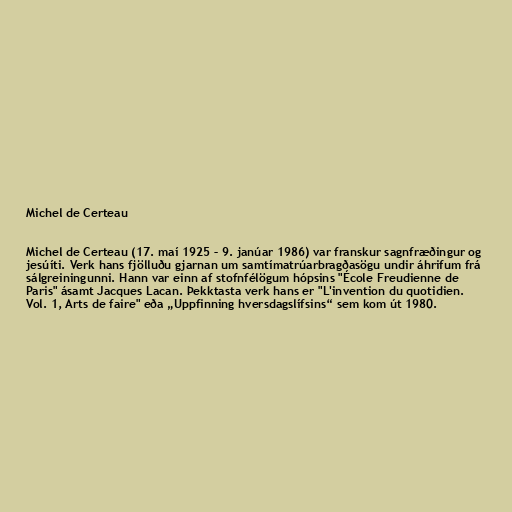
Michel de Certeau

Michel de Certeau (17. maí 1925 – 9. janúar 1986) var franskur sagnfræðingur og
jesúíti. Verk hans fjölluðu gjarnan um samtímatrúarbragðasögu undir áhrifum frá
sálgreiningunni. Hann var einn af stofnfélögum hópsins "École Freudienne de
Paris" ásamt Jacques Lacan. Þekktasta verk hans er "L'invention du quotidien.
Vol. 1, Arts de faire" eða „Uppfinning hversdagslífsins“ sem kom út 1980.